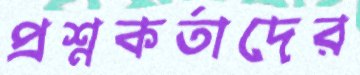
প্রশ্নকর্তাদের